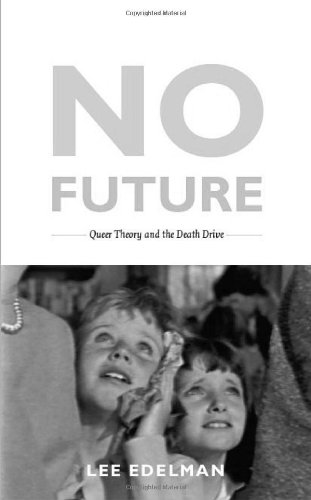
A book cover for No Future: Queer Theory and the Death Drive (Series Q); Lee Edelman; Humor & Entertainment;